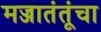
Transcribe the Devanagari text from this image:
मज्जातंतूंचा